Civil Veterinary Department Bengal reports 1923-33 - 1923-1933
Year: 1923
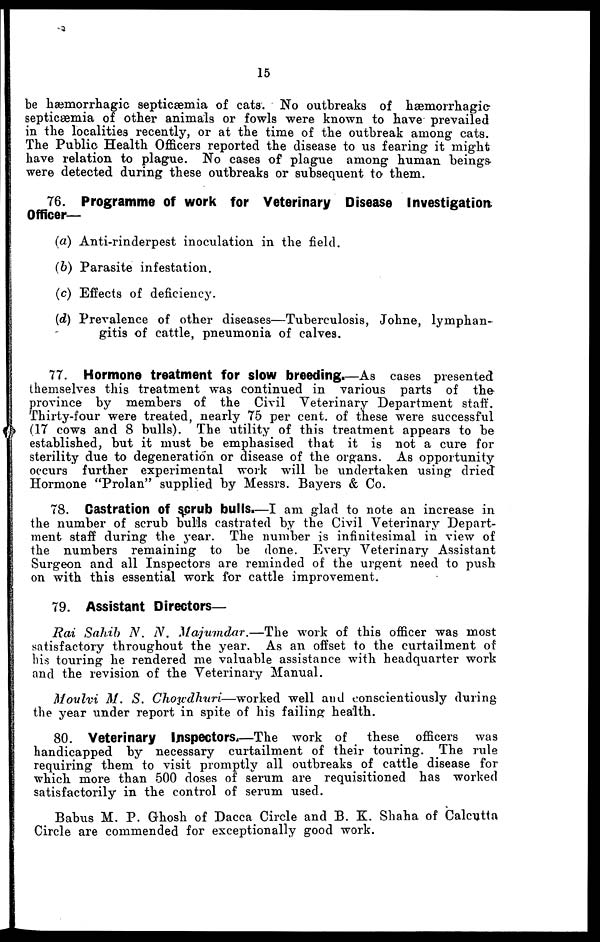
15
be hæmorrhagic septicæmia of cats. No outbreaks of hæmorrhagic
septicæmia of other animals or fowls were known to have prevailed
in the localities recently, or at the time of the outbreak among cats.
The Public Health Officers reported the disease to us fearing it might
have relation to plague. No cases of plague among human beings
were detected during these outbreaks or subsequent to them.
76. Programme of work for Veterinary Disease Investigation
Officer—
(a) Anti-rinderpest inoculation in the field.
(b) Parasite infestation.
(c) Effects of deficiency.
(d) Prevalence of other diseases—Tuberculosis, Johne, lymphan-
gitis of cattle, pneumonia of calves.
77. Hormone treatment for slow breeding.—As cases presented
themselves this treatment was continued in various parts of the
province by members of the Civil Veterinary Department staff.
Thirty-four were treated, nearly 75 per cent. of these were successful
(17 cows and 8 bulls). The utility of this treatment appears to be
established, but it must be emphasised that it is not a cure for
sterility due to degeneration or disease of the organs. As opportunity
occurs further experimental work will be undertaken using dried
Hormone "Prolan" supplied by Messrs. Bayers & Co.
78. Castration Of scrub bulls.—I am glad to note an increase in
the number of scrub bulls castrated by the Civil Veterinary Depart-
ment staff during the year. The number is infinitesimal in view of
the numbers remaining to be done. Every Veterinary Assistant
Surgeon and all Inspectors are reminded of the urgent need to push
on with this essential work for cattle improvement.
79. Assistant Directors—
Rai Sahib N. N. Majumdar.—The
work of this officer was most
satisfactory throughout the year. As an offset to the curtailment of
his touring he rendered me valuable assistance with headquarter work
and the revision of the Veterinary Manual.
Moulvi M. S. Choudhuri—worked
well and conscientiously during
the year under report in spite of his failing health.
80. Veterinary Inspectors.—The work of these officers was
handicapped by necessary curtailment of their touring. The rule
requiring them to visit promptly all outbreaks of cattle disease for
which more than 500 doses of serum are requisitioned has worked
satisfactorily in the control of serum used.
Babus M. P. Ghosh of Dacca Circle and B. K. Shaha of Calcutta
Circle are commended for exceptionally good work.